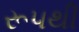
રૂ૫થી